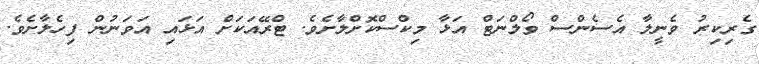
ގެރިކިރު ވެނީލާ އެސެންސް ވޯލްނަޓް އަޅާ މިކްސްކޮށްލާށެވެ. ޓްރޭއަކަށް އަޅައި އަވަނުން ފިހެލާށެވެ.